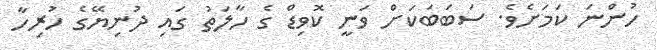
ހުންނަ ކަމަށެވެ. ސަބަބަކަށް ވަނީ ކޮވިޑް ގެ ހާލަތު ގައި ދުނިޔޭގެ ހުރިހާ